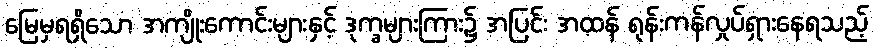
မြေမှရရှိသော အကျိုးကောင်းများနှင့် ဒုက္ခများကြား၌ အပြင်း အထန် ရုန်းကန်လှုပ်ရှားနေရသည့်